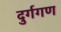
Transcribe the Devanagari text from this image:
दुर्गगण